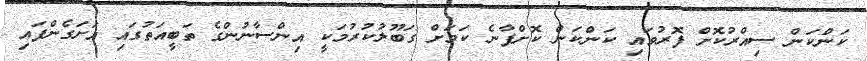
ކަންކަން ސިއްރުކޮށް ފޮރުވައި ކަންކަން ކޮށްފާނެ ކަމަށް ގަބޫލުކުރުމަކީ އިންސާނުންގެ ތަބީއަތުގައި އަށަގެންފައި